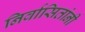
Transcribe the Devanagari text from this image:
निर्वासितांनी